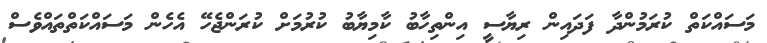
މަސައްކަތް ކުރަމުންދާ ފަދައިން ރިޔާސީ އިންތިހާބު ކާމިޔާބު ކުރުމަށް ކުރަންޖެހޭ އެހެން މަސައްކަތްތައްވެސް